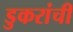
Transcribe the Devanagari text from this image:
डुकरांची